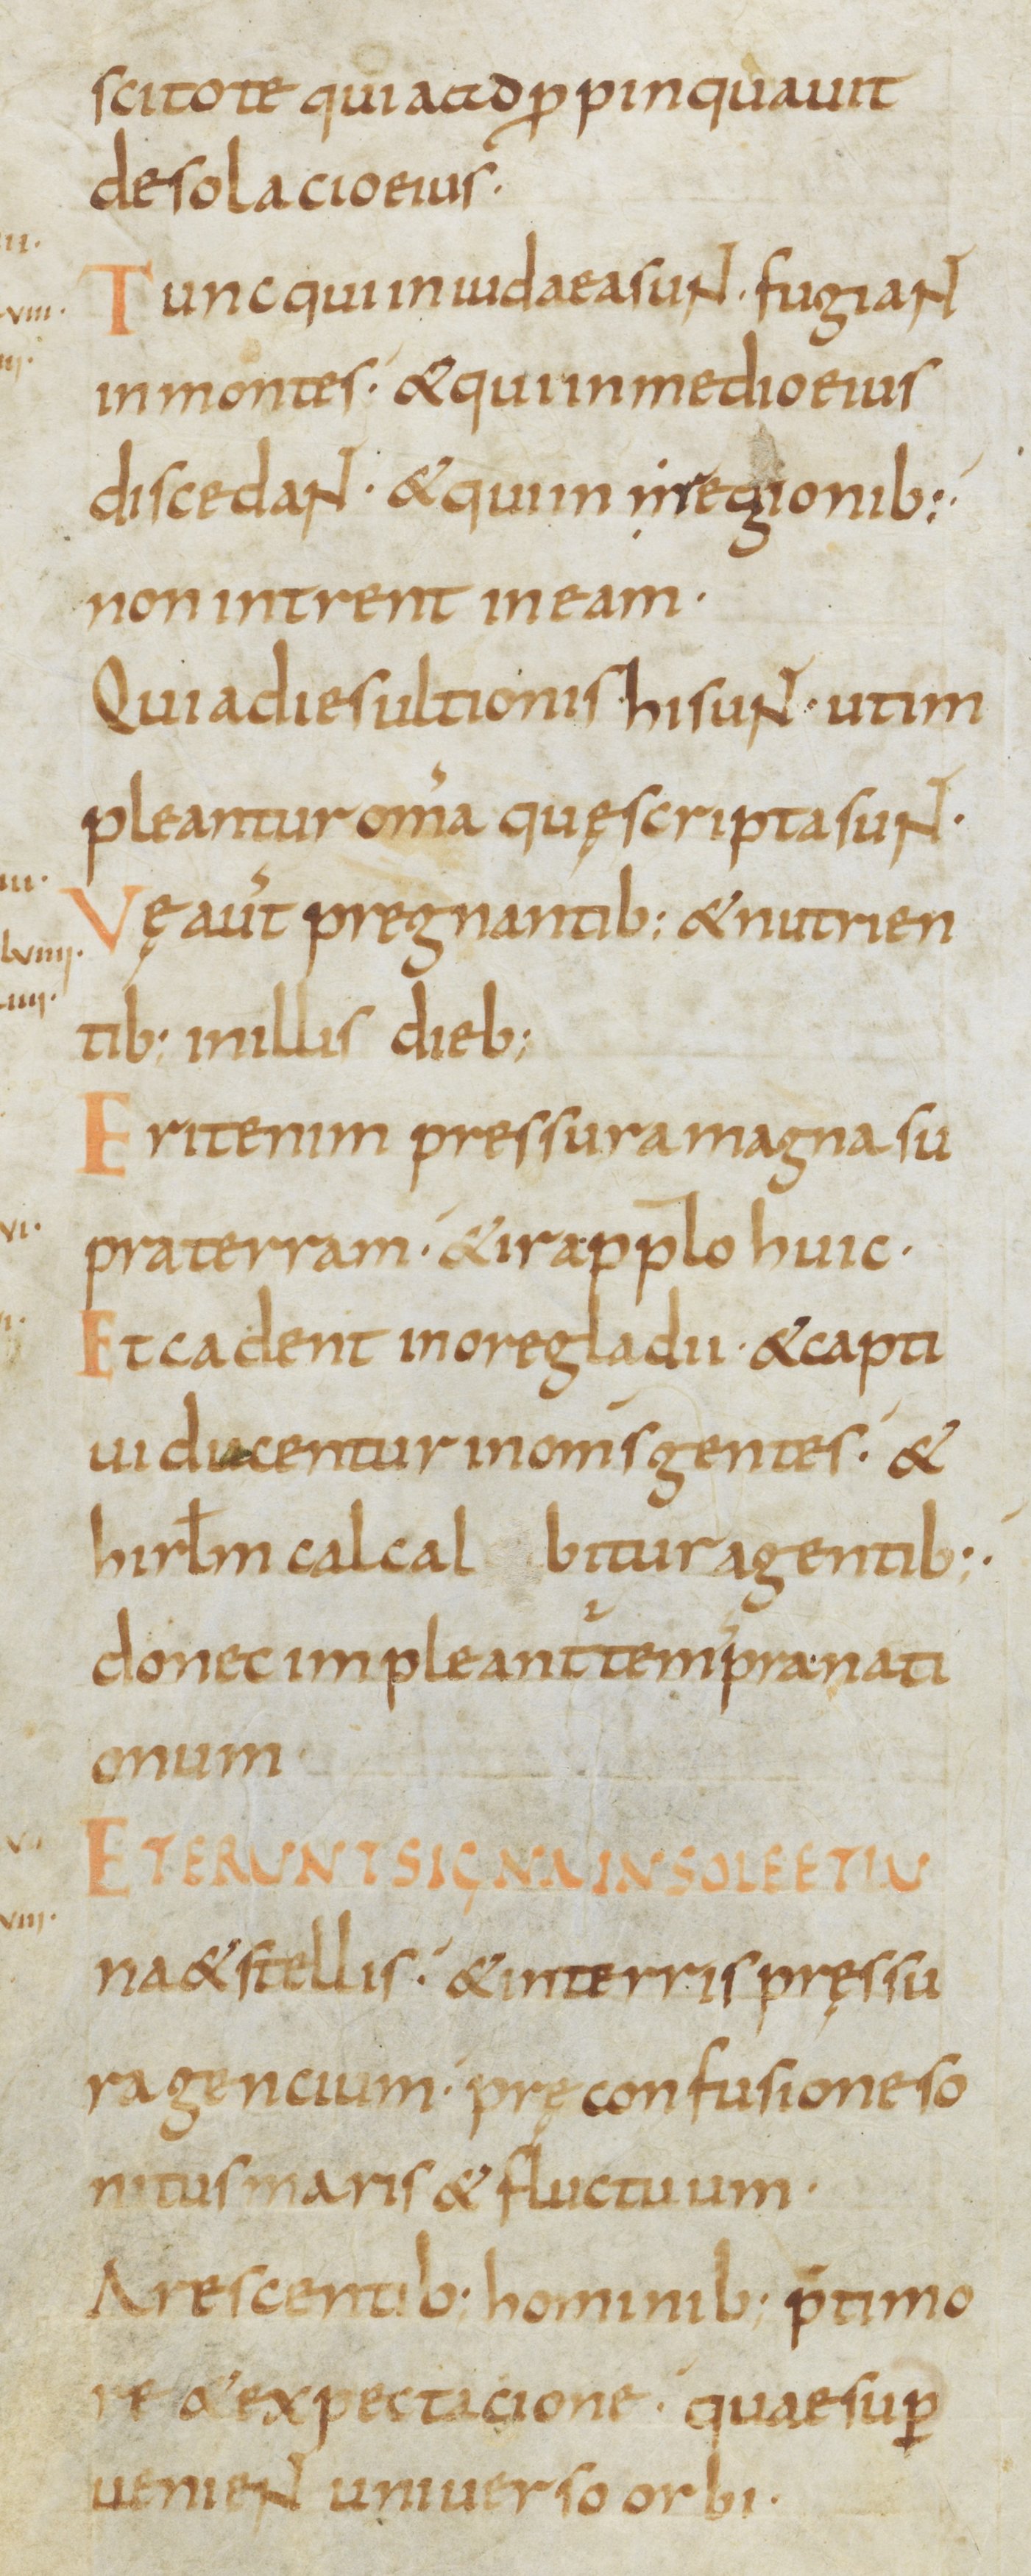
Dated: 800–899